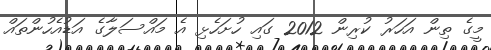
މީގެ ތިން އަހަރު ކުރިން 2012 ގައި ހުށަހެޅި އެ މައްސަލާގެ އަޑުއެހުންތައް